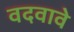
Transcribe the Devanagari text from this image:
वदवावे